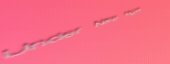
Under New Mgmt